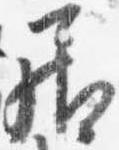
居